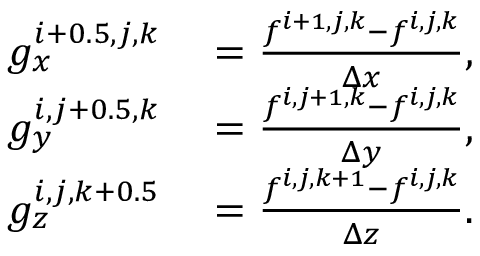
\begin{array} { r l } { g _ { x } ^ { i + 0 . 5 , j , k } } & { { } = \frac { f ^ { i + 1 , j , k } - f ^ { i , j , k } } { \Delta x } , } \\ { g _ { y } ^ { i , j + 0 . 5 , k } } & { { } = \frac { f ^ { i , j + 1 , k } - f ^ { i , j , k } } { \Delta y } , } \\ { g _ { z } ^ { i , j , k + 0 . 5 } } & { { } = \frac { f ^ { i , j , k + 1 } - f ^ { i , j , k } } { \Delta z } . } \end{array}